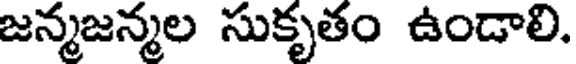
జన్మజన్మల సుకృతం ఉండాలి.